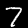
Digit: 7